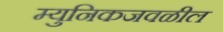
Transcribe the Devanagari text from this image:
म्युनिकजवळील